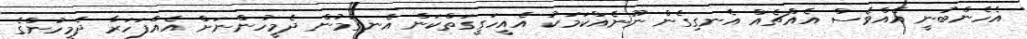
އެހެންބުނީ އެއްވެސް އެއްޗެއް އެނގިގެން ނޫނެއްކަމަކު އެއީހަގީގަތްކަން އެނގުމުން ދެމީހުންނަށް އެއްފަހަރާ ދެމީހުންގެ